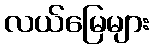
လယ်မြေများ